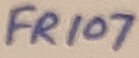
Text: FR107